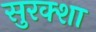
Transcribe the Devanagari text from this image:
सुरक्शा